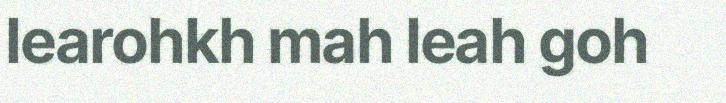
learohkh mah leah goh